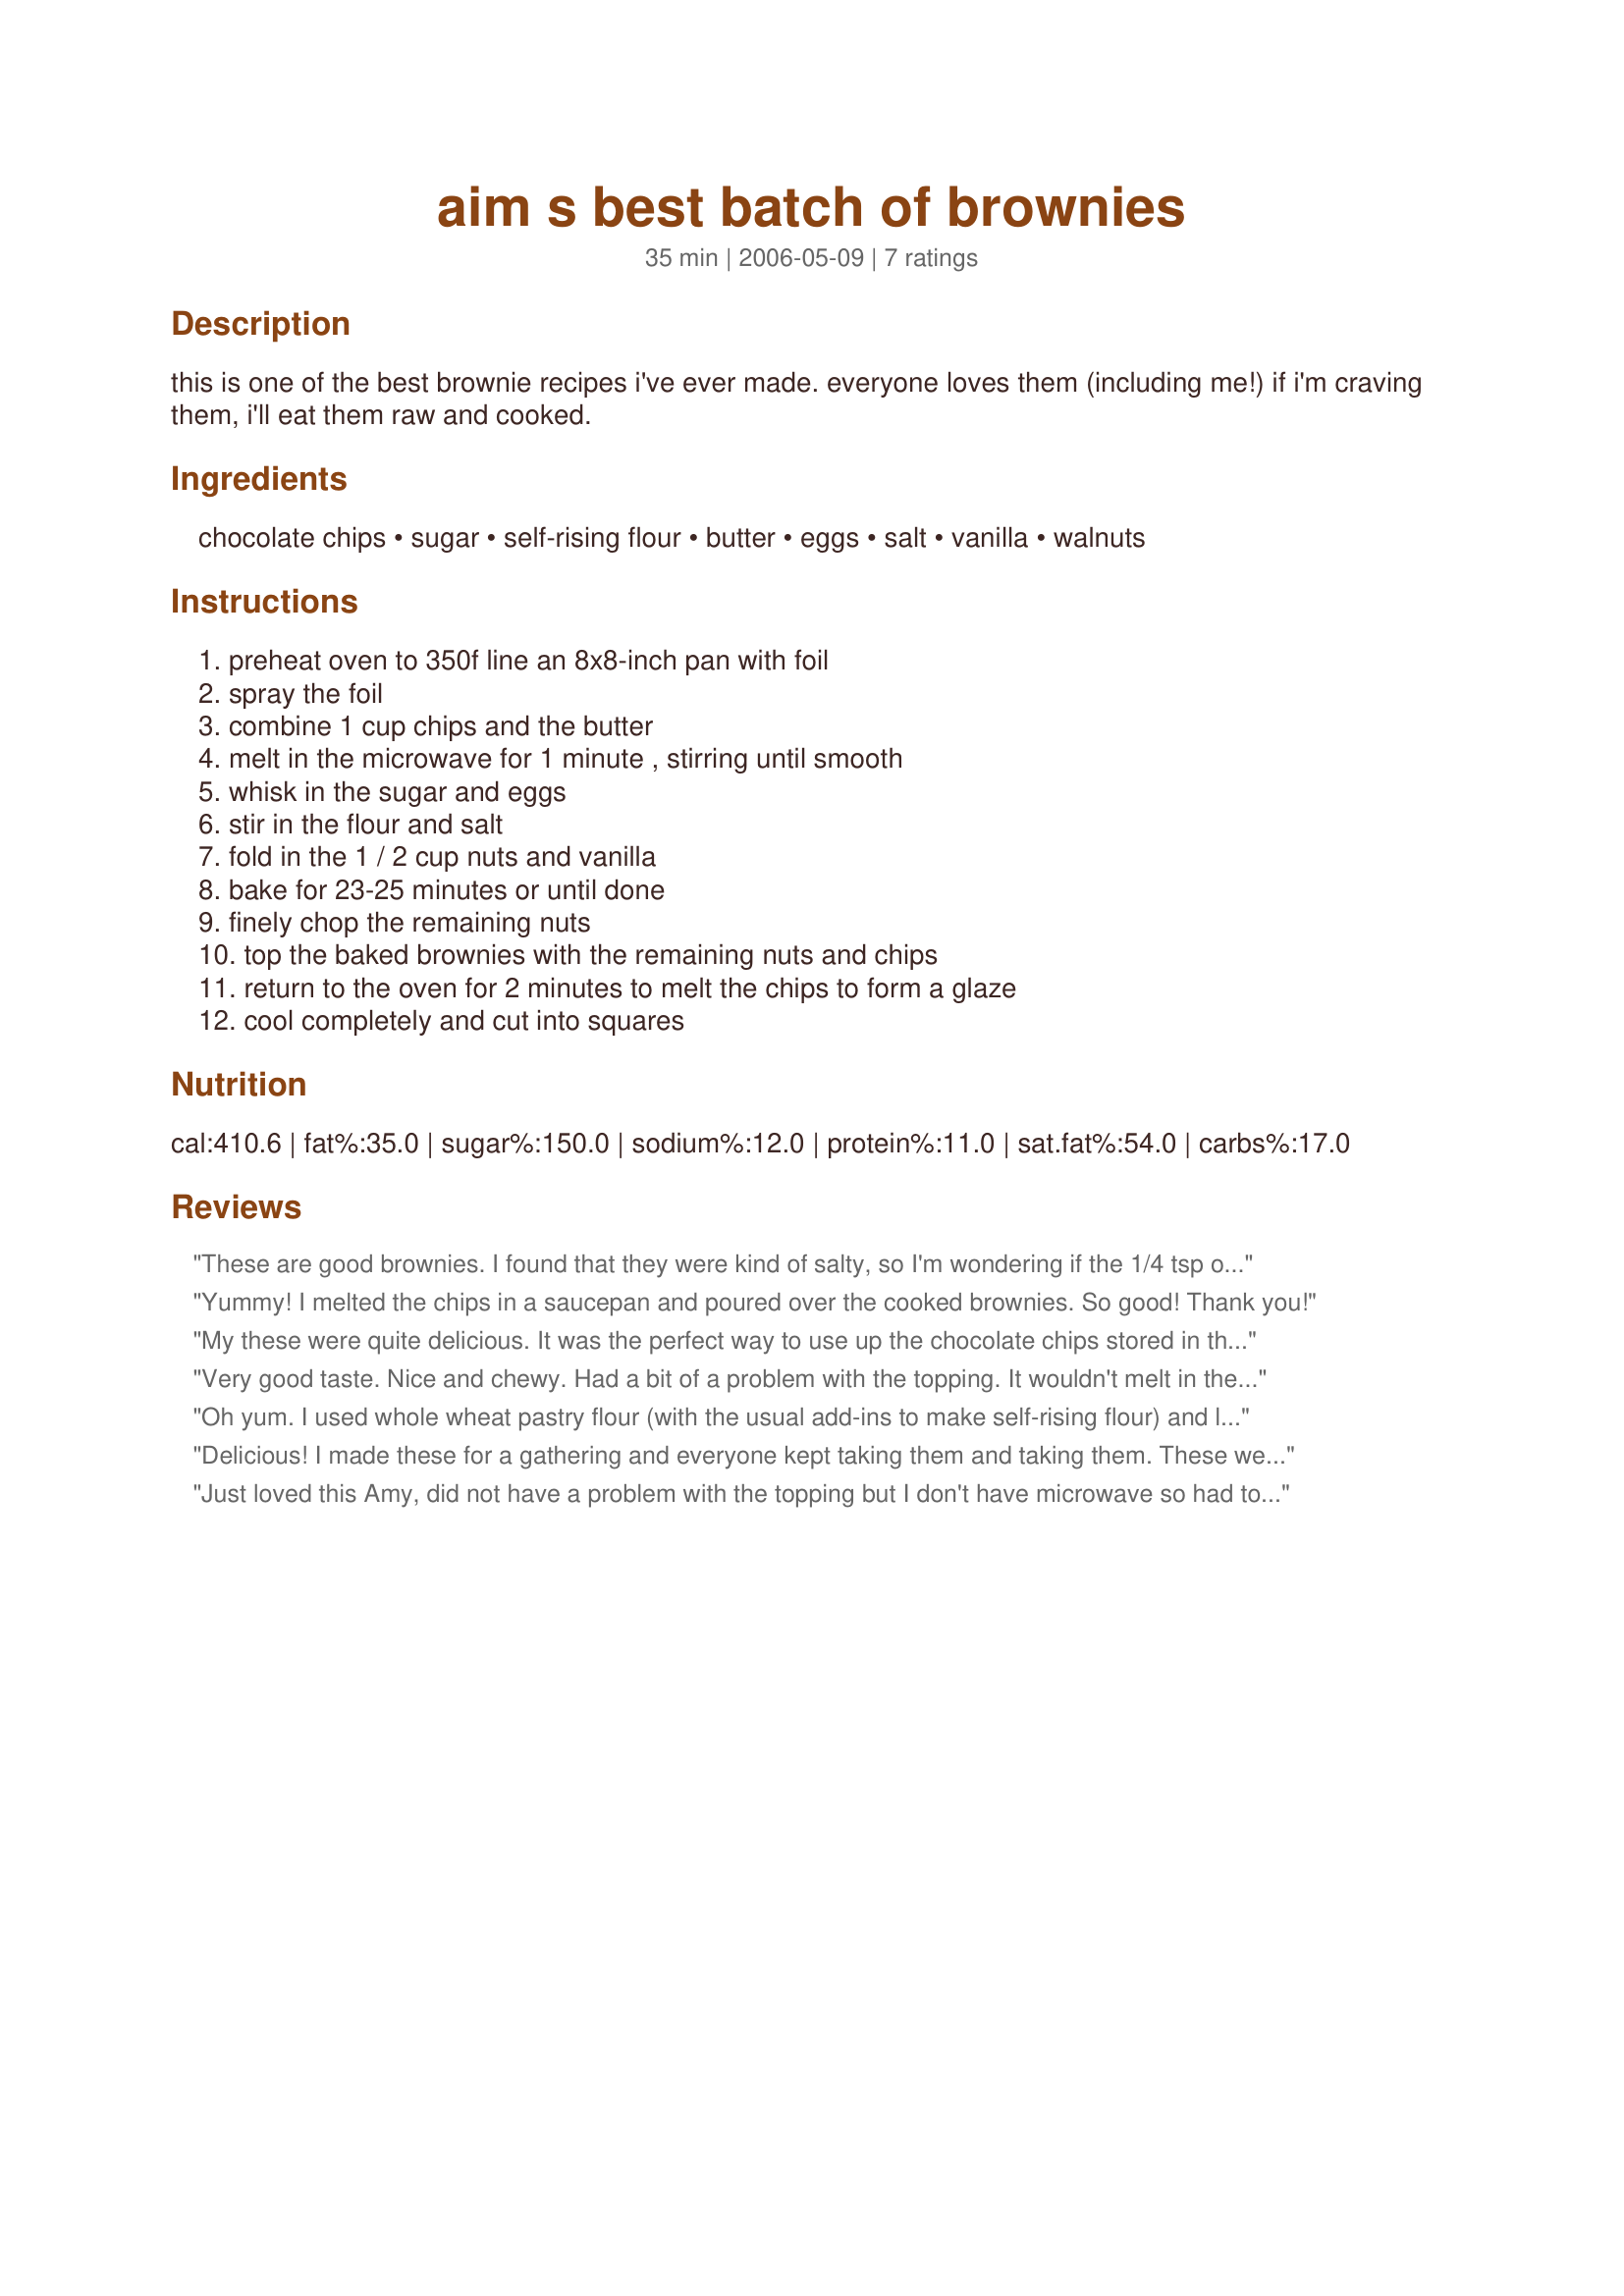
aim s best batch of brownies
Preparation time: 35 minutes

this is one of the best brownie recipes i've ever made. everyone loves them (including me!) if i'm craving them, i'll eat them raw and cooked.

Ingredients:
chocolate chips, sugar, self-rising flour, butter, eggs, salt, vanilla, walnuts

Steps:
preheat oven to 350f line an 8x8-inch pan with foil, spray the foil, combine 1 cup chips and the butter, melt in the microwave for 1 minute , stirring until smooth, whisk in the sugar and eggs, stir in the flour and salt, fold in the 1 / 2 cup nuts and vanilla, bake for 23-25 minutes or until done, finely chop the remaining nuts, top the baked brownies with the remaining nuts and chips, return to the oven for 2 minutes to melt the chips to form a glaze, cool completely and cut into squares

Reviews:
These are good brownies. I found that they were kind of salty, so I'm wondering if the 1/4 tsp of salt could be eliminated, since self-rising flour already contains salt. Anyway, they're still tasty, even without the extra chips on top. Thanks for posting!
Yummy! I melted the chips in a saucepan and poured over the cooked brownies. So good! Thank you!
My these were quite delicious. It was the perfect way to use up the chocolate chips stored in the freezer. I used milk chocolate chips so it was not quite as intensely chocolatey as a chocoholic might want -- unless that is your food of choice. Also used pecans which were a superb sustitution for walnuts. Thanks Amy!
Very good taste. Nice and chewy. Had a bit of a problem with the topping. It wouldn't melt in the two minutes stated. Left it for five minutes and still not melted. Since the brownie was done by that time I took it out of the oven. Scraped up the chocolate chips and walnuts from the top. Melted it in the microwave together with 2 teaspoons water. When it became a paste I spread it over the top of the brownie. 
Wish I had a camera to show you the result. Thanks for posting.
Oh yum. I used whole wheat pastry flour (with the usual add-ins to make self-rising flour) and left out the nuts because we're out. Still fudgy and wonderful. When I was a kid my mom used to make brownies and when they were done she'd put the chips on top of the hot cake and, a few minutes later, use a spatula to blend out the chocolate. So after my 2 minutes in the oven I just blended them out and it worked great. I'd love to try these using prune puree for the butter and splenda for the sugar. Still plenty of fat and sugar with the chips, but a little less? We'll see. These are fab as is!
Delicious! I made these for a gathering and everyone kept taking them and taking them. These were quite easy to make. The chips on the topping did not melt (as they don't in the US) but I just left them looking like chips with no negative effects. I didn't use the entire bag of chips.
Just loved this Amy, did not have a problem with the topping but I don't have microwave so had to do it the old fashioned way. We are not really sweet eaters but boy this disappeared real quick. Thanks
